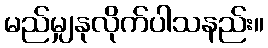
မည်မျှနုလိုက်ပါသနည်း။